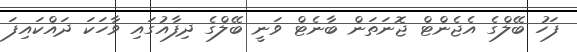
ފަހު ބޭލްގެ އެޖެންޓް ޖޮނަތަން ބާނެޓް ވަނީ ބޭލްގެ ދިފާއުގައި ވާހަކަ ދައްކައިފަ